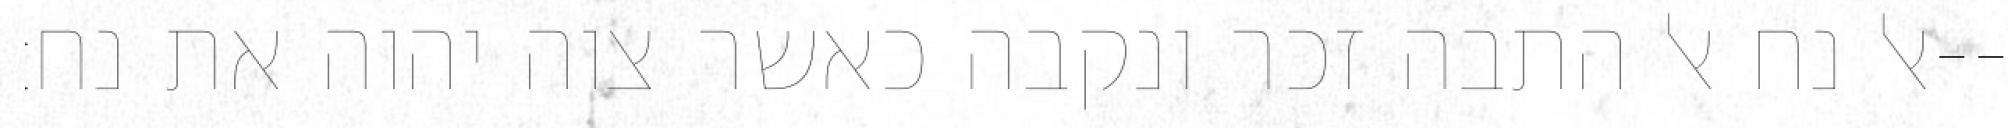
אל נח אל התבה זכר ונקבה כאשר צוה יהוה את נח׃--